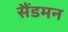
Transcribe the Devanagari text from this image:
सैंडमन